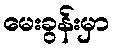
မေးခွန်းမှာ